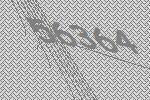
56364